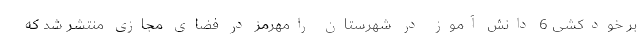
بر خودکشی 6 دانش آموز در شهرستان رامهرمز در فضای مجازی منتشر شد که